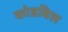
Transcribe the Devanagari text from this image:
कोडबिल